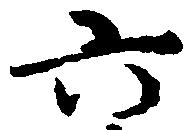
六